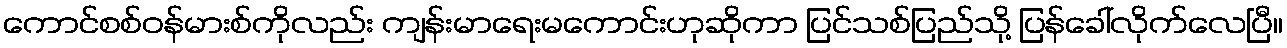
ကောင်စစ်ဝန်မားစ်ကိုလည်း ကျန်းမာရေးမကောင်းဟုဆိုကာ ပြင်သစ်ပြည်သို့ ပြန်ခေါ်လိုက်လေပြီ။